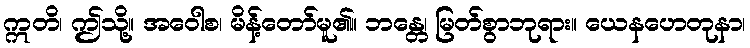
ဣတိ၊ ဤသို့။ အဝေါစ၊ မိန့်တော်မူ၏။ ဘန္တေ၊ မြတ်စွာဘုရား။ ယေနဟေတုနာ၊